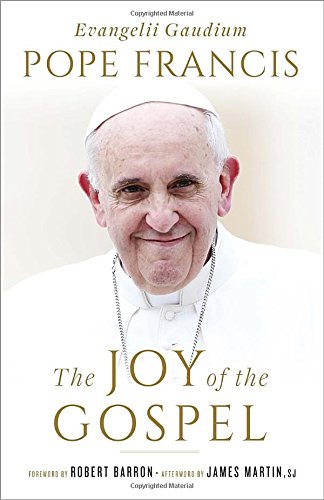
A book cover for The Joy of the Gospel (Specially Priced Hardcover Edition): Evangelii Gaudium; Pope Francis; Christian Books & Bibles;